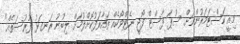
މިއީ ކަސްޓަމަރުންނަށް ސުޕަ ފާސްޓް ފޯޖީ ނެޓްވޯކެއް ތައާރަފުކޮށްލުމަށް ލިބުނު ރަނގަޅު ފުރުސަތެއް"